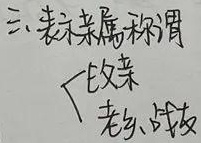
三、表示亲属称谓
\begin{cases}
\text{父亲}\\
\text{老乡、战友}
\end{cases}